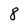
Character: 8